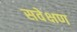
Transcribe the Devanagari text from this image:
सवेक्षण